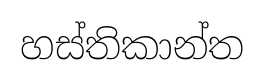
හස්තිකාන්ත